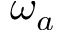
\omega _ { a }